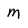
Character: M